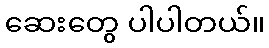
ဆေးတွေ ပါပါတယ်။